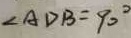
\angle A D B = 9 0 ^ { \circ }